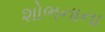
શોભનાના